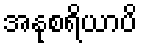
အနုစရိယာပိ